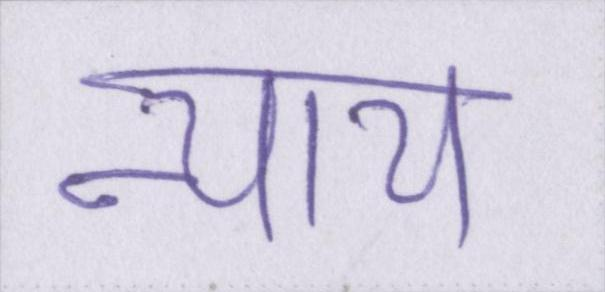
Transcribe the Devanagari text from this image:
न्याय